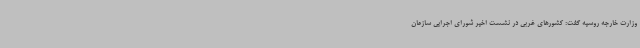
وزارت خارجه روسیه گفت: کشورهای غربی در نشست اخیر شورای اجرایی سازمان